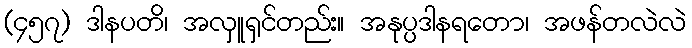
(၄၅၇) ဒါနပတိ၊ အလှူရှင်တည်း။ အနုပ္ပဒါနရတော၊ အဖန်တလဲလဲ